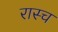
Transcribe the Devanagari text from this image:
रास्च